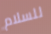
للسلام